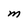
Character: M